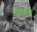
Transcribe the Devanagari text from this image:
नोमबर